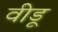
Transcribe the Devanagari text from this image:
वीडू